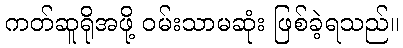
ကတ်ဆူရိုအဖို့ ဝမ်းသာမဆုံး ဖြစ်ခဲ့ရသည်။